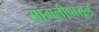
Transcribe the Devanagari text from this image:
सांगलीपासून